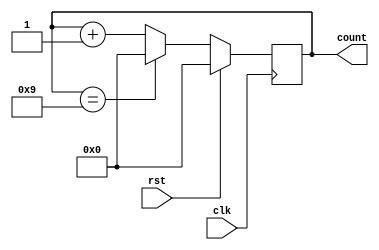
module decade_counter (
    input clk,
    input rst,
    output reg [3:0] count
);

always @(posedge clk) begin
    if (rst) begin
        count <= 4'b0;
    end else begin
        if (count == 4'b1001) begin
            count <= 4'b0;
        end else begin
            count <= count + 4'b1;
        end
    end
end

endmodule